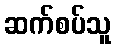
ဆက်စပ်သူ